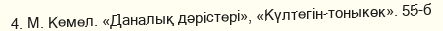
4. М. Кемел. «Даналық дәрiстерi», «Күлтегiн-тоныкөк». 55-б